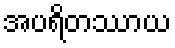
အပရိတဿာယ